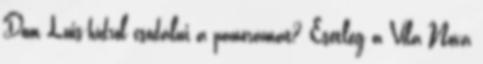
Dom Luis-hídról csodálni a panorámát? Esetleg a Vila Nova